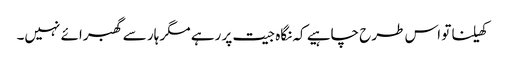
کھیلنا تو اس طرح چاہیے کہ نگاہ جیت پر رہے مگر ہار سے گھبرائے نہیں۔